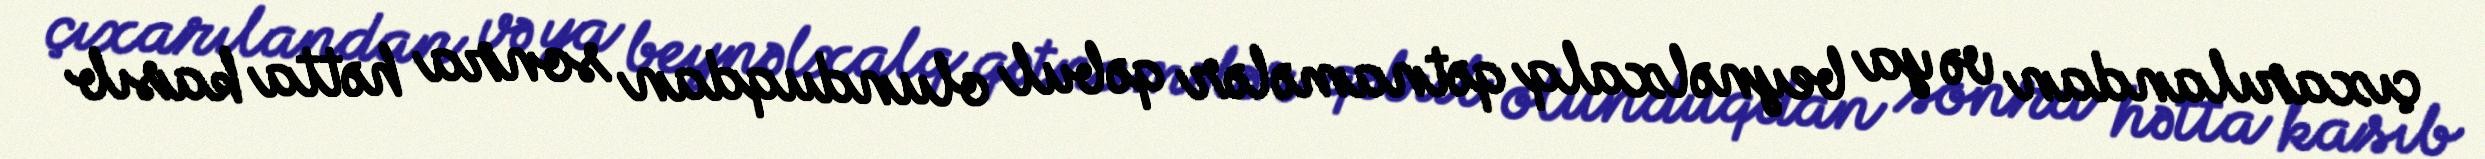
çıxarılandan və ya beynəlxalq qətnamələr qəbul olunduqdan sonra hətta kasıb